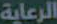
الرعاية